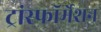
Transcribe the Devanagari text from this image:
ट्रांस्फॉर्मेशन